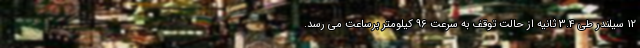
12 سیلندر طی 3.4 ثانیه از حالت توقف به سرعت 96 کیلومتر برساعت می رسد.